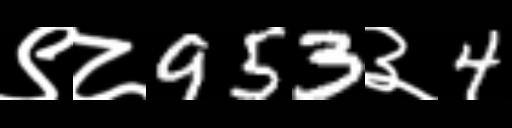
Text: ९८953३4